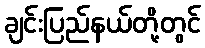
ချင်းပြည်နယ်တို့တွင်